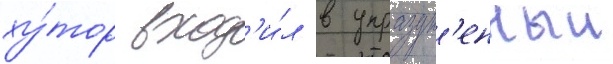
ху́тор вход'и́л в упраздн'енныи